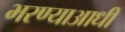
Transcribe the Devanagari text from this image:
भरण्याआधी